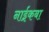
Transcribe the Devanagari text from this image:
नाईकबा